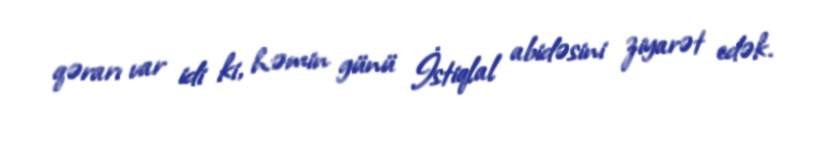
qərarı var idi ki, həmin günü İstiqlal abidəsini ziyarət edək.